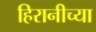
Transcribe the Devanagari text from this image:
हिरानीच्या